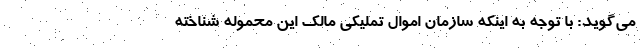
می‌گوید: با توجه به اینکه سازمان اموال تملیکی مالک این محموله شناخته